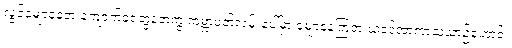
လွင့်မျောနေတဲ့ ကျောက်ခဲတွေနဲ့တကွ ကမ္ဘာပတ်လမ်းပေါ်မှာ မျောနေကြတဲ့ ယခင်အာကာသယာဉ်ဟောင်း